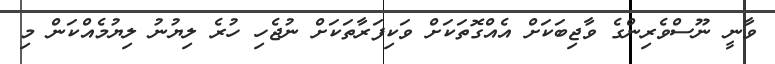
ވާނީ ނޫސްވެރިންގެ ވާޖިބަކަށް އެއްގޮތަކަށް ވަކިފަރާތަކަށް ނުޖެހި ހުރެ ލިޔުނު ލިޔުމެއްކަން މި